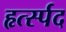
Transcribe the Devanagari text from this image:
हृर्त्स्पद